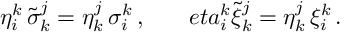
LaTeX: \eta _ { i } ^ { k } \, \tilde { \sigma } _ { k } ^ { j } = \eta _ { k } ^ { j } \, \sigma _ { i } ^ { k } \, , \ \ \ \ \ \, e t a _ { i } ^ { k } \tilde { \xi } _ { k } ^ { j } = \eta _ { k } ^ { j } \, \xi _ { i } ^ { k } \, .